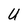
Character: U